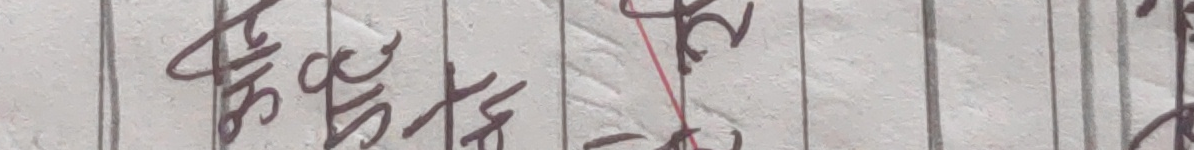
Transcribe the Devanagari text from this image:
सुनुवार